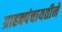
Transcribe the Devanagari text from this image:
ग्राहक्पंचायतीने